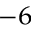
^ { - 6 }